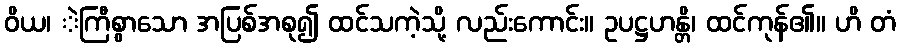
ဝိယ၊ ဲကြီစွာသော အပြစ်အစု၍ ထင်သကဲ့သို့ လည်းကောင်း။ ဥပဋ္ဌဟန္တိ၊ ထင်ကုန်၏။ ဟိ တံ